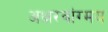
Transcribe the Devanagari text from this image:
अक्षरवांग्मय